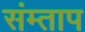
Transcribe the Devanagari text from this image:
संम्ताप